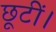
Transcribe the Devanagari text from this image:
छूटीं।